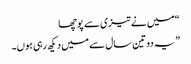
“ میں نے تیزی سے پوچھا
” یہ دو تین سال سے میں دیکھ رہی ہوں۔